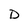
Character: D